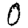
Digit: 0